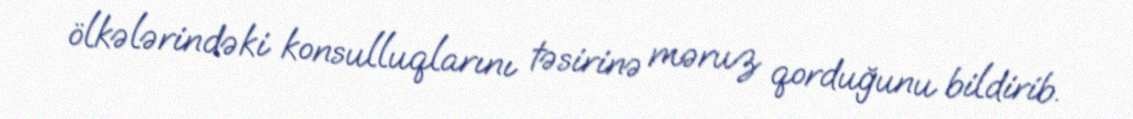
ölkələrindəki konsulluqlarını təsirinə məruz qorduğunu bildirib.